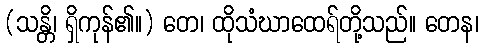
(သန္တိ၊ ရှိကုန်၏။) တေ၊ ထိုသံဃာထေရ်တို့သည်။ တေန၊